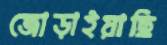
জোড়াইয়াছি